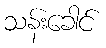
သန်းခေါင်